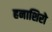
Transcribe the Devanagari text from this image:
हनाशिरो